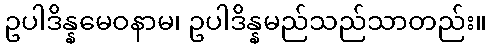
ဥပါဒိန္နမေဝနာမ၊ ဥပါဒိန္နမည်သည်သာတည်း။